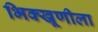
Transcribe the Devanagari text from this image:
भिक्खूणीला